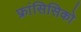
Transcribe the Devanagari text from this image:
फ्रांसिसिको